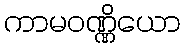
ကာမဝဏ္ဏိယော